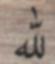
لله